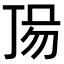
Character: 𠀵